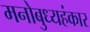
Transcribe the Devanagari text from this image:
मनोबुध्यहंकार